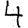
Digit: 4